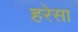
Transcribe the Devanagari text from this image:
हरेसा